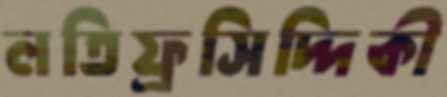
লতিফ্রসিদ্দিকী